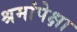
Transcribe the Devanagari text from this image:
श्रमांपेक्षा